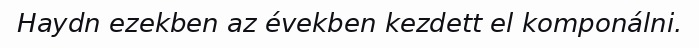
Haydn ezekben az években kezdett el komponálni.